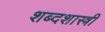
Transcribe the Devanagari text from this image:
शब्दशास्त्री